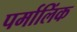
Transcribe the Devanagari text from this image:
पर्मालिंक